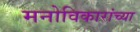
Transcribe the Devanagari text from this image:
मनोविकारांच्या